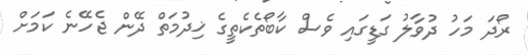
ރޯދަ މަހު ދުވާލު ގަޑީގައި ވެސް ކާބޯތެކެތީގެ ޚިދުމަތް ދޭން ޖެހޭނެ ކަމަށް